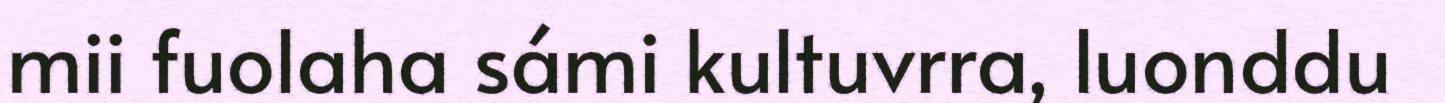
mii fuolaha sámi kultuvrra, luonddu